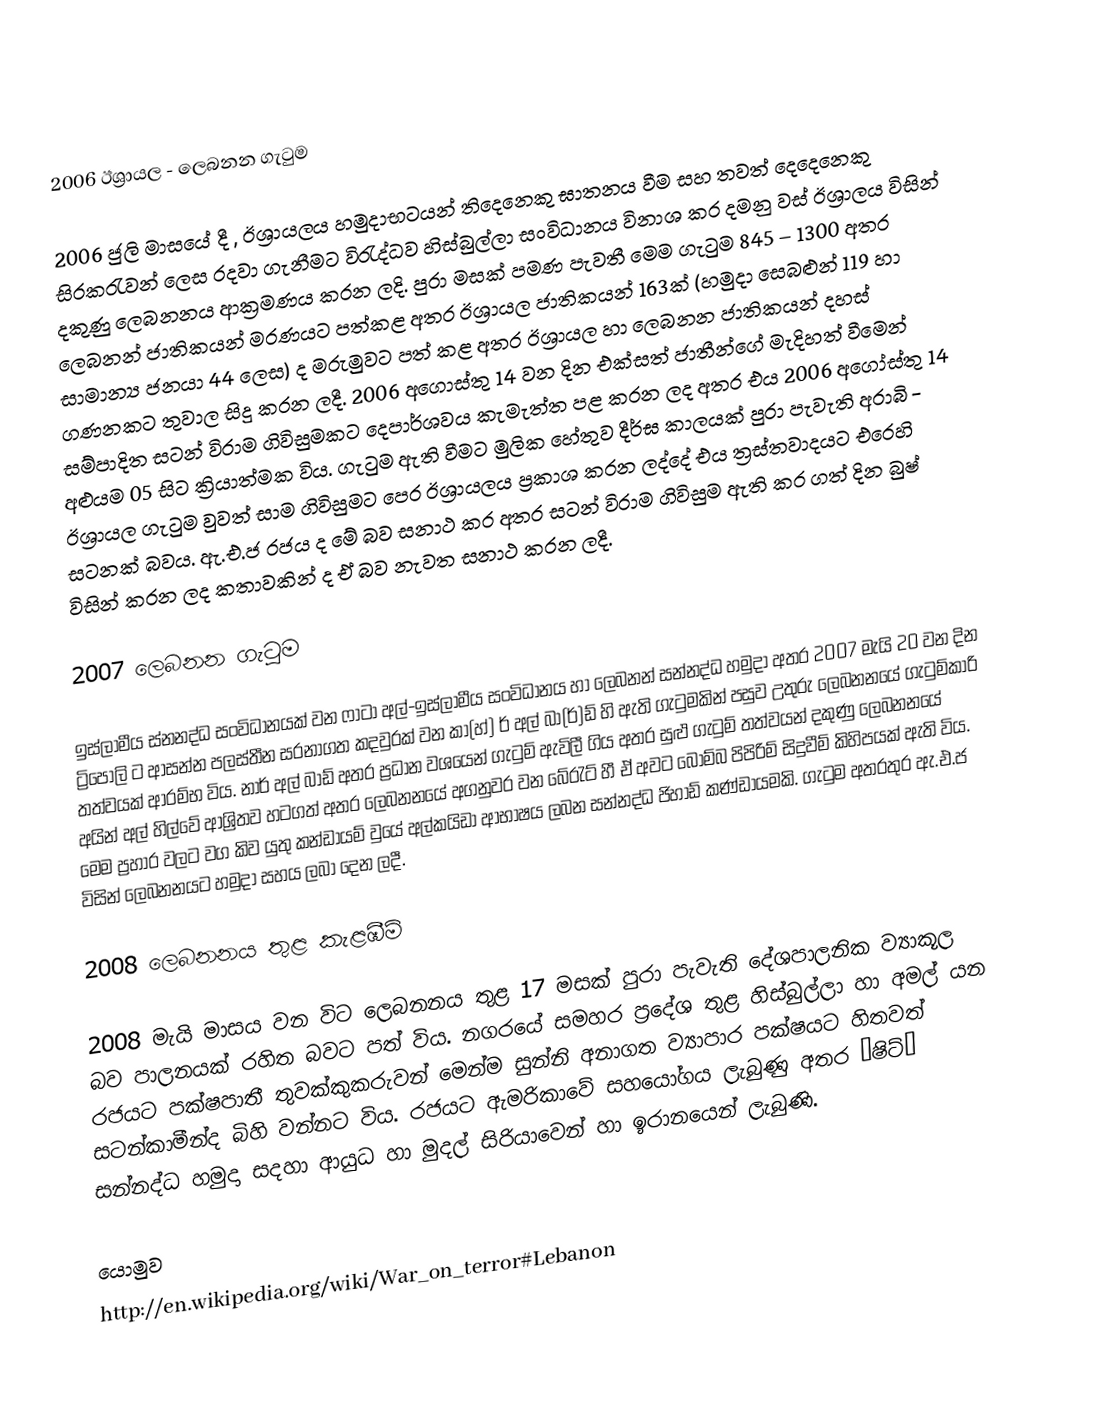

2006 ඊශ්‍රායල - ලෙබනන ගැටුම

2006 ජුලි මාසයේ දී , ඊශ්‍රායලය හමුදාභටයන්  තිදෙනෙකු ඝාතනය වීම සහ තවත් දෙදෙනෙකු සිරකරැවන් ලෙස රදවා ගැනීමට විරැද්ධව හිස්බුල්ලා සංවිධානය විනාශ කර දමනු වස් ඊශ්‍රාලය විසින් දකුණු ලෙබනනය ආක්‍රමණය කරන ලදි. පුරා මසක් පමණ පැවතී මෙම ගැටුම 845 – 1300 අතර ලෙබනන් ජාතිකයන් මරණයට පත්කළ අතර ඊශ්‍රායල ජාතිකයන් 163ක් (හමුදා සෙබළුන් 119 හා සාමාන්‍ය ජනයා 44 ලෙස) ද මරුමුවට පත් කළ අතර ඊශ්‍රායල හා ලෙබනන ජාතිකයන් දහස් ගණනකට තුවාල සිදු කරන ලදී. 2006 අගොස්තු 14 වන දින එක්සත් ජාතීන්ගේ මැදිහත් වීමෙන් සම්පාදිත සටන් විරාම ගිවිසුමකට දෙපාර්ශවය කැමැත්ත පළ කරන ලද අතර එය 2006 අගෝස්තු 14 අළුයම 05 සිට ක්‍රියාත්මක විය. ගැටුම ඇති වීමට මුලික හේතුව දීර්ඝ කාලයක් පුරා පැවැති අරාබි - ඊශ්‍රායල ගැටුම වුවත් සාම ගිවිසුමට පෙර ඊශ්‍රායලය ප්‍රකාශ කරන ලද්දේ එය ත්‍රස්තවාදයට එරෙහි සටනක් බවය. ඇ.එ.ජ රජය ද මේ බව සනාථ කර අතර සටන් විරාම ගිවිසුම ඇති කර ගත් දින බුෂ් විසින් කරන ලද කතාවකින් ද ඒ බව නැවත සනාථ කරන ලදී.

2007 ලෙබනන ගැටුම

ඉස්ලාමීය ස්නනද්ධ සංවිධානයක් වන ෆාටා අල්-ඉස්ලාමීය සංවිධානය හා ලෙබනන් සන්නද්ධ හමුදා අතර 2007 මැයි 20 වන දින ට්‍රිපොලි ට ආසන්න පලස්තීන සරනාගත කදවුරක් වන කා(හ්) ර් අල් බා(ර්)ඩ් හි ඇති ගැටුමකින් පසුව උතුරු ලෙබනනයේ ගැටුම්කාරි තත්වයක් ආරම්භ විය.  නාර් අල් බාඩ් අතර ප්‍රධාන වශයෙන් ගැටුම් ඇවිලී ගිය අතර සුළු ගැටුම් තත්වයන් දකුණු ලෙබනනයේ අයින් අල්  හිල්වේ  ආශ්‍රිතව හටගත් අතර ලෙබනනයේ  අගනුවර වන බේරැට් හී ඒ අවට බෝම්බ පිපිරිම් සිදුවීම් කිහිපයක් ඇති විය. මෙම ප්‍රහාර වලට වග කිව යුතු කන්ඩායම් වුයේ අල්කයිඩා ආභාෂය ලබන සන්නද්ධ ජිහාඩ් කණ්ඩායමකි. ගැටුම අතරතුර ඇ.එ.ජ විසින් ලෙබනනයට හමුදා සහය ලබා දෙන ලදී.

2008 ලෙබනනය තුළ කැළඹීම්

2008 මැයි මාසය වන විට ලෙබනනය තුළ 17 මසක් පුරා පැවැති දේශපාලනික ව්‍යාකූල බව පාලනයක් රහිත බවට පත් විය. නගරයේ සමහර ප්‍රදේශ තුළ හිස්බුල්ලා හා අමල් යන රජයට පක්ෂපාතී තුවක්කුකරුවන් මෙන්ම සුන්නි අනාගත ව්‍යාපාර පක්ෂයට හිතවත් සටන්කාමීන්ද බිහි වන්නට විය. රජයට ඇමරිකා‍වේ සහයෝගය ලැබුණු අතර ¨ෂිට්¨ සන්නද්ධ හමුදා සදහා ආයුධ හා මුදල් සිරියාවෙන් හා ඉරානයෙන් ලැබුණි.

යොමුව
http://en.wikipedia.org/wiki/War_on_terror#Lebanon